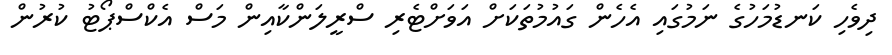
ދިވެހި ކަނޑުމަހުގެ ނަމުގައި އެހެން ގައުމުތަކަށް އަވަށްޓެރި ސްރީލަންކާއިން މަސް އެކްސްޕޯޓު ކުރުން